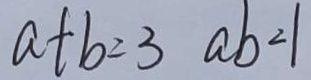
a + b = 3 a b = 1